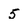
Character: 5